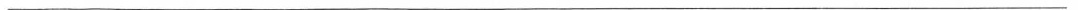
___